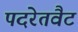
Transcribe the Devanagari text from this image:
पदरेतवैट